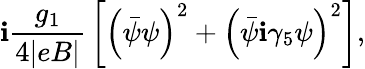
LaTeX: \mathbf{i}{\frac{{g_{1}}}{{4|eB|}}}\left[\left(\bar{{\psi}}\psi\right)^{2}+\left(\bar{{\psi}}\mathbf{i}\gamma_{5}\psi\right)^{2}\right],